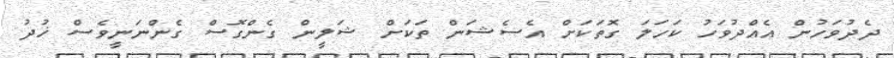
ދެދުވަހުން އެއްދުވަހު ކަހަލަ ގޮތަކަށް އެސެޝަން ތަކަށް ޝަލީން ގެންގޮސް ގެންނަނީވެސް ޚުދު